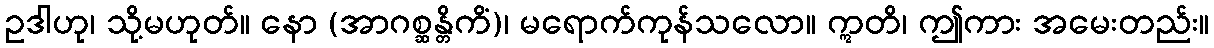
ဥဒါဟု၊ သို့မဟုတ်။ နော (အာဂစ္ဆန္တိကိံ)၊ မရောက်ကုန်သလော။ ဣတိ၊ ဤကား အမေးတည်း။